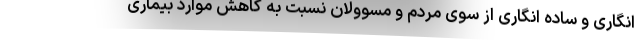
انگاری و ساده انگاری از سوی مردم و مسوولان نسبت به کاهش موارد بیماری